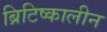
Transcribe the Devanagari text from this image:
ब्रिटिष्कालीन